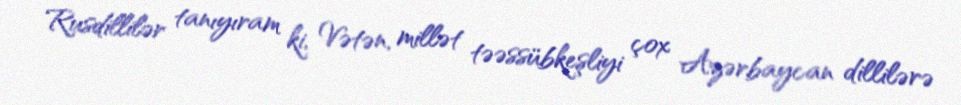
Rusdillilər tanıyıram ki, Vətən, millət təəssübkeşliyi çox Azərbaycan dillilərə